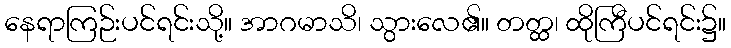
နေရာကြဉ်းပင်ရင်းသို့။ အာဂမာသိ၊ သွားလေ၏။ တတ္ထ၊ ထိုကြီပင်ရင်း၌။